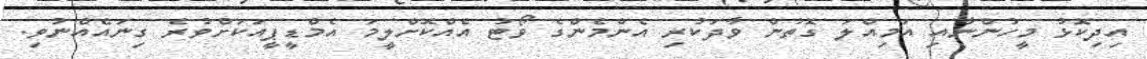
އިދިކޮޅު މީހުންނާއި އަމިއްލަ ގޮތުން ވާދަކުރި އެންމެންގެ ވޯޓު އެއްކޮށްލީމަ އެމްޑީޕީއަކަށްވުރެ ގިނައެއްނުވި.